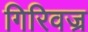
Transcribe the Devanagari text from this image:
गिरिवज्र